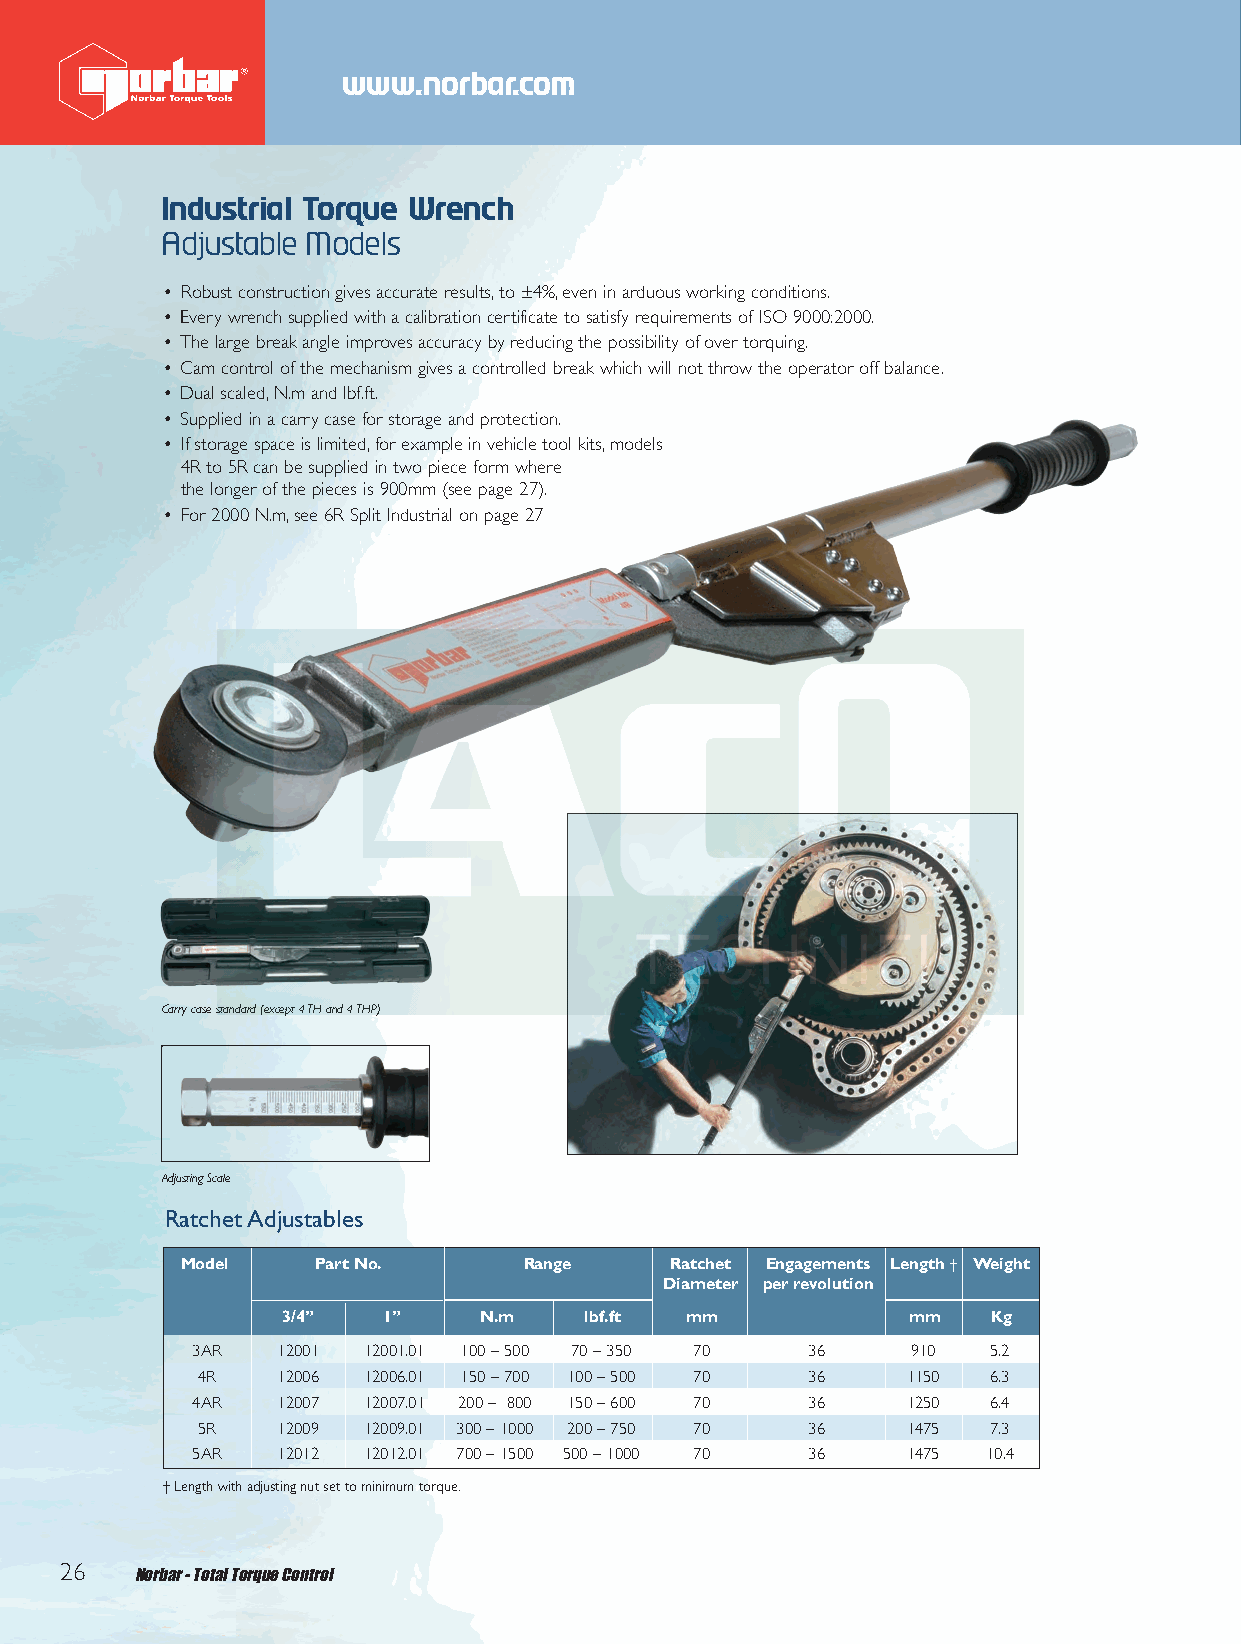
Front 2012 Q6.qxd 26/10/12 9:05 am Page 26
 www.norbar.com
 Industrial Torque Wrench
 Adjustable Models
 • Robust construction gives accurate results,to ±4%,even in arduous working conditions.
 • Every wrench supplied with a calibration certificate to satisfy requirements of ISO 9000:2000.
 • The large break angle improves accuracy by reducing the possibility of over torquing.
 • Cam control of the mechanism gives a controlled break which will not throw the operator off balance.
 • Dual scaled,N.m and lbf.ft.
 • Supplied in a carry case for storage and protection.
 • If storage space is limited,for example in vehicle tool kits,models
 4R to 5R can be supplied in two piece form where
 the longer of the pieces is 900mm (see page 27).
 • For 2000 N.m,see 6R Split Industrial on page 27
 Carry case standard (except 4 TH and 4 THP)
 Adjusting Scale
 Ratchet Adjustables
 Model    Part No.      Range    Ratchet Engagements Length† Weight
 Diameter per revolution
 3/4”  1”     N.m    lbf.ft mm            mm   Kg
 3AR  12001 12001.01 100 – 500 70 – 350 70 36   910  5.2
 4R   12006 12006.01 150 – 700 100 – 500 70 36  1150 6.3
 4AR  12007 12007.01 200 – 800 150 – 600 70 36  1250 6.4
 5R   12009 12009.01 300 – 1000 200 – 750 70 36 1475 7.3
 5AR  12012 12012.01 700 – 1500 500 – 1000 70 36 1475 10.4
 † Length with adjusting nut set to minimum torque.
 26   Norbar - Total Torque Control